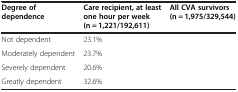
<table><thead><tr><td><b>Degree of dependence</b></td><td><b>Care recipient, at least one hour per week (n = 1,221/192,611)</b></td><td><b>All CVA survivors (n = 1,975/329,544)</b></td></tr></thead><tbody><tr><td>Not dependent</td><td>23.1%</td><td>[EMPTY_CELL]</td></tr><tr><td>Moderately dependent</td><td>23.7%</td><td>[EMPTY_CELL]</td></tr><tr><td>Severely dependent</td><td>20.6%</td><td>[EMPTY_CELL]</td></tr><tr><td>Greatly dependent</td><td>32.6%</td><td>[EMPTY_CELL]</td></tr></tbody></table>